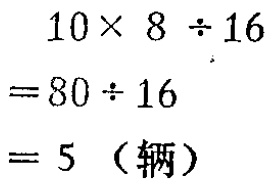
\[

\begin{align*}

&10\times 8\div16\\

=&80\div16\\

=&5 \text{（辆）}

\end{align*}

\]